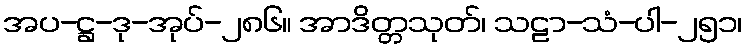
အပ-ဋ္ဌ-ဒု-အုပ်-၂၈၆။ အာဒိတ္တသုတ်၊ သဠာ-သံ-ပါ-၂၅၁၊